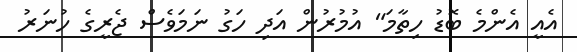
އެއީ އެންމެ ބޮޑު ހިތާމަ" އުމުރުން އަދި ހަގު ނަމަވެސް ޖެރީގެ ހުނަރު